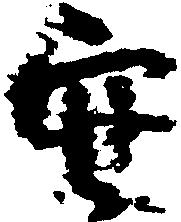
安